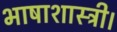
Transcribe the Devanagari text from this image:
भाषाशास्त्री।